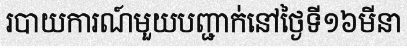
របាយការណ៍មួយបញ្ជាក់នៅថ្ងៃទី១៦មីនា